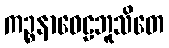
ကဉ္စနာဝေဠဘူသိတေ